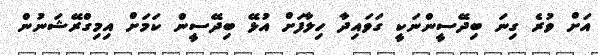
އަށް ވުރެ ގިނަ ބިދޭސީންނަކީ ގަވައިދާ ހިލާފަށް އުޅޭ ބިދޭސީން ކަމަށް އިމިގްރޭޝަނުން